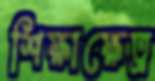
শিক্ষাক্ষেত্র